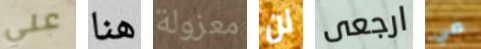
علي هنا معزولة لن ارجعى في